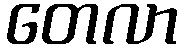
တေလာ